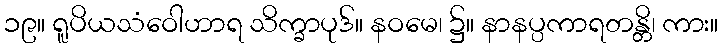
၁၉။ ရူပိယသံဝေါဟာရ သိက္ခာပုဒ်။ နဝမေ၊ ၌။ နာနပ္ပကာရတန္တိ၊ ကား။